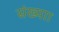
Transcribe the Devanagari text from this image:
संख्याा